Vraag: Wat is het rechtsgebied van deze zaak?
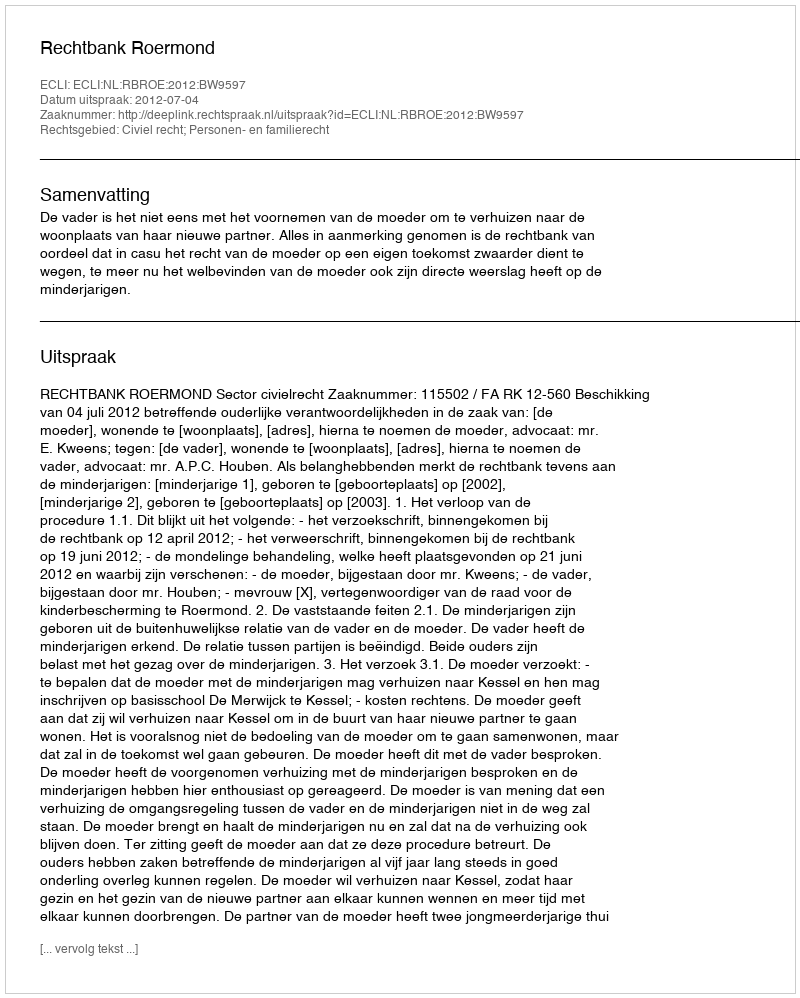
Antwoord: Civiel recht; Personen- en familierecht